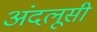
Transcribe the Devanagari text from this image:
अंदलूसी